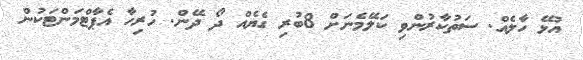
އުޅޭ ހާލެއް. ސަތުކާރުންވި ކަލޭމެނަށް 8ބުރި ގެޔެއް ދޯ ދޭން. ހުރިހާ އެޕާޓްމަންޓަކުން